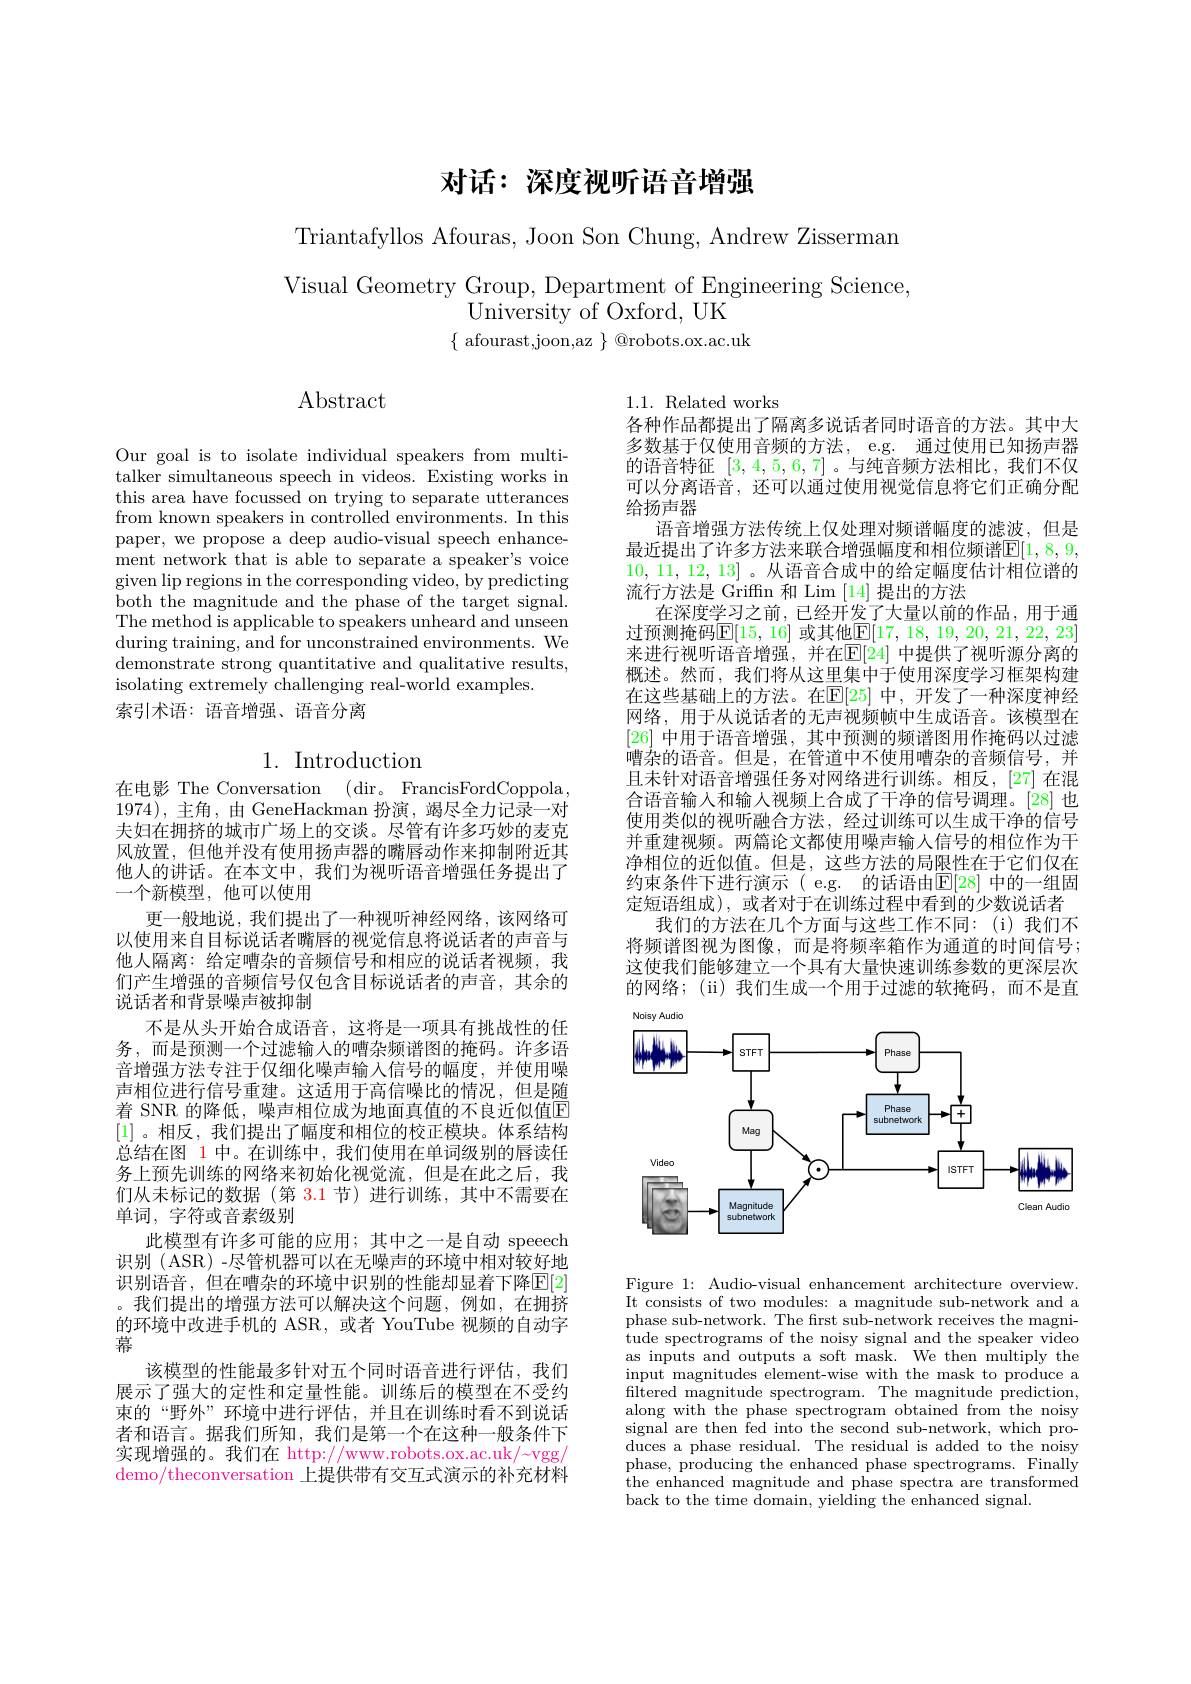
# 对话：深度视听语音增强

Triantafyllos Afouras, Joon Son Chung, Andrew Zisserman

Visual Geometry Group, Department of Engineering Science,
University of Oxford, UK
$\{$ afourast,joon,az $\}$ @robots.ox.ac.uk

$\operatorname{Abstract}$

Our goal is to isolate individual speakers from multitalker simultaneous speech in videos. Existing works in this area have focussed on trying to separate utterances from known speakers in controlled environments. In this paper, we propose a deep audio-visual speech enhancement network that is able to separate a speaker's voice given lip regions in the corresponding video, by predicting both the magnitude and the phase of the target signal. The method is applicable to speakers unheard and unseen during training, and for unconstrained environments. We demonstrate strong quantitative and qualitative results, isolating extremely challenging real-world examples.
索引术语：语音增强、语音分离

# 1. Introduction

在电影 The Conversation
(dir。FrancisFordCoppola
1974),主角 ,由 GeneHackman 扮演 , 竭尽全力记录一对夫妇在拥挤的城市广场上的交谈。尽管有许多巧妙的麦克风放置，但他并没有使用扬声器的嘴唇动作来抑制附近其他人的讲话。在本文中，我们为视听语音增强任务提出了一个新模型，他可以使用
更一般地说，我们提出了一种视听神经网络，该网络可以使用来自目标说话者嘴唇的视觉信息将说话者的声音与他人隔离：给定嘈杂的音频信号和相应的说话者视频，我们产生增强的音频信号仅包含目标说话者的声音，其余的说话者和背景噪声被抑制
不是从头开始合成语音，这将是一项具有挑战性的任务，而是预测一个过滤输人的嘈杂频谱图的掩码。许多语音增强方法专注于仅细化噪声输入信号的幅度，并使用噪声相位进行信号重建。这适用于高信噪比的情况，但是随着 SNR 的降低，噪声相位成为地面真值的不良近似值E [1] 。相反，我们提出了幅度和相位的校正模块。体系结构总结在图 1 中。在训练中，我们使用在单词级别的唇读任务上预先训练的网络来初始化视觉流，但是在此之后，我们从未标记的数据(第 3.1 节)进行训练，其中不需要在单词，字符或音素级别
此模型有许多可能的应用；其中之一是自动 speeech 识别 (ASR) -尽管机器可以在无噪声的环境中相对较好地识别语音，但在嘈杂的环境中识别的性能却显着下降$\mathbb{E}[2]$ 。我们提出的增强方法可以解决这个问题，例如，在拥挤的环境中改进手机的 ASR, 或者 YouTube 视频的自动字幕
该模型的性能最多针对五个同时语音进行评估，我们展示了强大的定性和定量性能。训练后的模型在不受约束的“野外”环境中进行评估，并且在训练时看不到说话者和语言。据我们所知，我们是第一个在这种一般条件下实现增强的。我们在 http://www.robots.ox.ac.uk/~vgg/ demo/theconversation 上提供带有交互式演示的补充材料

1.1. Related works
各种作品都提出了隔离多说话者同时语音的方法。其中大多数基于仅使用音频的方法，e.g. 通过使用已知扬声器的语音特征[3,4,5,6,7] 。与纯音频方法相比，我们不仅可以分离语音，还可以通过使用视觉信息将它们正确分配给扬声器
语音增强方法传统上仅处理对频谱幅度的滤波，但是最近提出了许多方法来联合增强幅度和相位频谱$\mathbb{E}[1,8,9$, 10,11,12,13] 。从语音合成中的给定幅度估计相位谱的流行方法是 Griffn 和 Lim [14]提出的方法
在深度学习之前，已经开发了大量以前的作品，用于通过预测掩码[15,16] 或其他$\mathbb{E}[17,18,19,20,21,22,23]$ 来进行视听语音增强，并在$\mathbb{E}[24]$ 中提供了视听源分离的概述。然而，我们将从这里集中于使用深度学习框架构建在这些基础上的方法。在$\mathbb{E}[25]$ 中，开发了一种深度神经网络，用于从说话者的无声视频帧中生成语音。该模型在[26]中用于语音增强，其中预测的频谱图用作掩码以过滤嘈杂的语音。但是，在管道中不使用嘈杂的音频信号，并且未针对语音增强任务对网络进行训练。相反，[27] 在混合语音输入和输人视频上合成了干净的信号调理。[28]也使用类似的视听融合方法，经过训练可以生成干净的信号并重建视频。两篇论文都使用噪声输人信号的相位作为干净相位的近似值。但是，这些方法的局限性在于它们仅在约束条件下进行演示( e.g. 的话语由$\mathbb{E}[28]$ 中的一组固定短语组成),或者对于在训练过程中看到的少数说话者
我们的方法在几个方面与这些工作不同：(i)我们不将频谱图视为图像，而是将频率箱作为通道的时间信号； 这使我们能够建立一个具有大量快速训练参数的更深层次的网络；(ii)我们生成一个用于过滤的软掩码，而不是直

<FigureHere>

Figure 1: Audio-visual enhancement architecture overview. It consists of two modules: a magnitude sub-network and a phase sub-network. The first sub-network receives the magnitude spectrograms of the noisy signal and the speaker video as inputs and outputs a soft mask. We then multiply the input magnitudes element-wise with the mask to produce a filtered magnitude spectrogram. The magnitude prediction, along with the phase spectrogram obtained from the noisy signal are then fed into the second sub-network, which produces a phase residual. The residual is added to the noisy phase, producing the enhanced phase spectrograms. Finally the enhanced magnitude and phase spectra are transformed back to the time domain, yielding the enhanced signal.